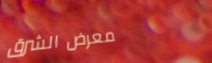
معرض الشرق